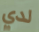
لدي